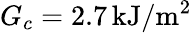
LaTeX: G_{c}=2.7\, \textrm{kJ}/\textrm{m}^{2}